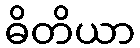
ဓိတိယာ